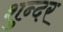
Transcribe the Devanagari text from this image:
शुन्दर